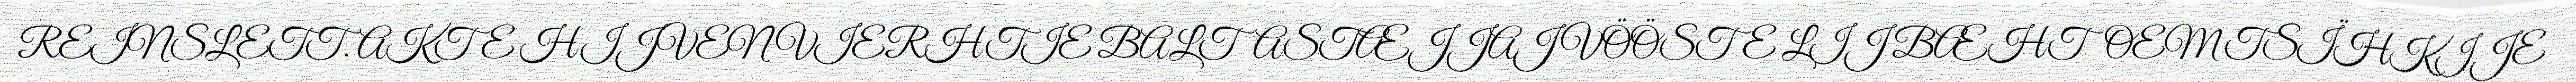
REINSLETT. AKTE HIJVEN VIERHTIE BALTASTÆJJAJ VÖÖSTE LIJ BÆHTOEM TSÏHKIJE